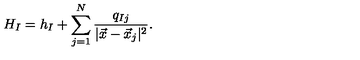
H _ { I } = h _ { I } + \sum _ { j = 1 } ^ { N } \frac { q _ { I j } } { | \vec { x } - \vec { x } _ { j } | ^ { 2 } } .